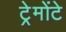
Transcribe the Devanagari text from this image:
ट्रेमोंटे